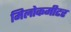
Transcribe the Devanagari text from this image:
मिलोकमीटर